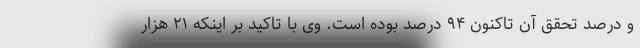
و درصد تحقق آن تاکنون ۹۴ درصد بوده است. وی با تاکید بر اینکه ۲۱ هزار